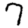
Digit: 7